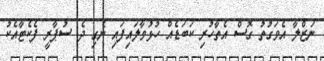
ނަޒްލާ އެވަގުތު ގޮސް އެތާހުރި ކަބަޑެއް ހުޅުވާލައިފައި ނެގި ދެ ސުޕާރީ ފެކެޓާއެކު